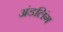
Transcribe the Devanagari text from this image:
अंडलिंग